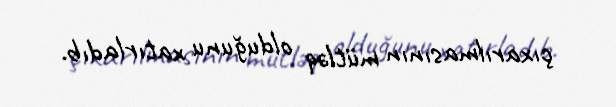
çıxarılmasının mütləq olduğunu xatırladıb.